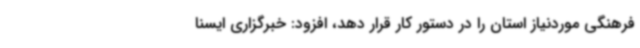
فرهنگی موردنیاز استان را در دستور کار قرار دهد، افزود: خبرگزاری ایسنا